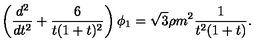
\left( \frac { d ^ { 2 } } { d t ^ { 2 } } + \frac { 6 } { t ( 1 + t ) ^ { 2 } } \right) \phi _ { 1 } = \sqrt { 3 } \rho m ^ { 2 } \frac { 1 } { t ^ { 2 } ( 1 + t ) } .